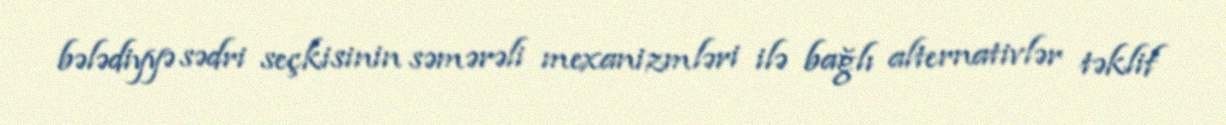
bələdiyyə sədri seçkisinin səmərəli mexanizmləri ilə bağlı alternativlər təklif